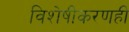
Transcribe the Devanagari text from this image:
विशेषीकरणही